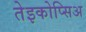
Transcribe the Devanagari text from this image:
तेइकोप्सिअ